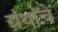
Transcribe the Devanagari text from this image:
ग्रंंथांचे